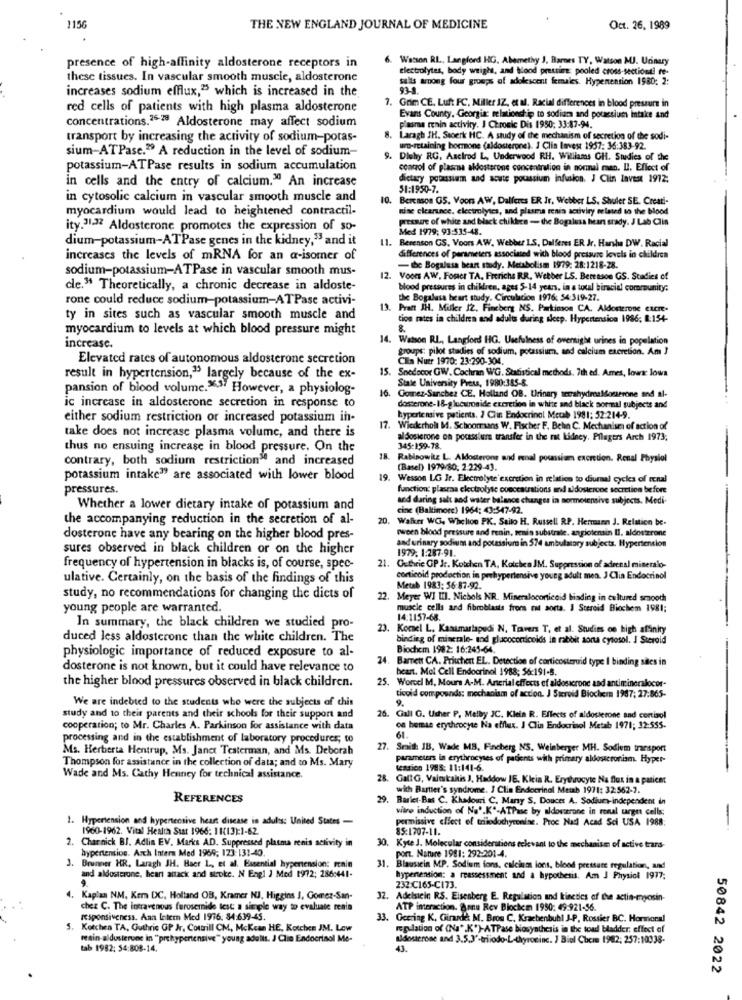
1156
THE NEW ENGLAND JOURNAL OF MEDICINE
Oct. 26. 1989
Watson RL, Langford HG. Abemethy J. Barnes TY, Watson MUJ. Unnury
presence of high-affinity aldosterone receptors in
Electrolytes, body weight, and blood pressing: pooled cross-sectiondi re-
these tissues. In vascular smooth muscle, aldosterone
sails among four groups of adolescent females. Hypertension 1980; 2:
increases sodium efflux,25 which is increased in the
93.1
red cells of patients with high plasma aldosterone
Grim CE, Luft FC, Miller IZ, et al. Racial differences in blood pressure in
concentrations.26-28 Aldosterone may affect sodium
Evans County, Georgiac relationship to sodium and potassium intake and
plasma renin activity. J Chronic Dis 1950: 33:87-94.
transport by increasing the activity of sodium-potas-
8. Laragh JH. Sterk HC. A study of the mechanism of secretion of the sodi-
sium-ATPase." A reduction in the level of sodium-
uro-retaining hormone (aldosterone). J Clin Invest 1957: 36:383-92.
9. Diehy RG. Ascirod L, Underwood RH. Williams GH. Studies of the
potassium-ATPase results in sodium accumulation
control of plasma aldosterone concentration in normal man. L. Effect of
in cells and the entry of calcium." An increase
dietary potassium and acute potassium infusion. J Clin Invest 1912:
$1:1950-7.
in cytosolic calcium in vascular smooth muscle and
10.
Berenson GS. Voors AW, Dalferes ER Ir. Webber LS. Shuler SE. Creati-
myocardium would lead to heightened contractil-
mise clearance, electrolytes, and pluma renia activiry related to the blood
pretage of white and black chikdes - the Bogalusa bean stady. J Lab Clin
ity.31.32 Aldosterone promotes the expression of so-
Med 1979; 93:535-48.
dium-potassium-ATPase genes in the kidney," and it
11. Berenson GS. Voors AW, Webber L.S. Dalferes ER Jr. Harsha DW. Racial
increases the levels of mRNA for an a-isomer of
differences of parameters associated with blood pressure levels in children
sodium-potassium-ATPase in vascular smooth mus-
- ibe Bogalusa heart study. Metabolism 1979: 28:1218-28.
12.
Voors AW. Foner TA. Frerichs RR. Webber LS. Bereason GS. Stadies of
cle." Theoretically, a chronic decrease in aldoste-
blood pressures in children, ages 5-14 years, in a total biracial community;
rone could reduce sodium-potassium-ATPase activi-
the Bogalusa heart study. Circulacion 1976: 54:319-27.
13. Prant JH. Muller 12. Finchers NS. Partimon CA. Aldosterone excre.
ty in sites such as vascular smooth muscle and
tion rates in children and adults during sleep. Hypertension 1986; 8:154-
myocardium to levels at which blood pressure might
14.
Watson R.L ., Langford HG. Usefulness of overnight urines in population
increase.
groups: pilot stadies of sodium, potassium, and calcium excretion. Am J
Elevated rates of autonomous aldosterone secretion
Clin Nutr 1970: 23-290-34.
15. Snedecor GW. Cochran WG. Statistical methods, 7th ed. Ames, lowx: lowa
15.
result in hypertension,15 largely because of the ex-
pansion of blood volume."". However, a physiolog-
16.
State University Press, 1980:385-8.
Gomez-Sanchez CE. Holland OB. Urinary terrahydroaldosterone and al-
ic increase in aldosterone secretion in response to
dosterone-18-glucuronide excretion in white and black sormal subjects and
either sodium restriction or increased potassium in-
17.
hypertensive patients. J Clin Endocrinol Metab 1981: 52:214-9.
Wiederholt M. Schoonmans W. Fischer F. Behn C. Mechanism of action of
take does not increase plasma volume, and there is
aldosierone on pocasslum transfer in the rt kidney. Pilagers Arch 1973;
thus no ensuing increase in blood pressure. On the
345-159-78.
contrary, both sodium restrictions and increased
18. Rabinowitz L. Aldosterone and renal potassium excretion. Renal Physiol
(Basel) 1979/80. 2.229-43.
potassium intake" are associated with lower blood
19.
Wesson LG Ir. Electrolyte excretion in relation to diurnal cycles of renal
pressures.
function' plasma electrolyte cueceatrations und aldosterone secretion before
and daring salt and water balance changes in normetensive subjects. Medi-
Whether a lower dietary intake of potassium and
cine (Baltimore) 1964: 43:547-92.
the accompanying reduction in the secretion of al-
20. Walker WC. Whelion PK. Saito H. Russell RP. Hermann J. Relation be-
wween blood pressure and renin, senin substrale. angiotensin II. aldosterone
dosterone have any bearing on the higher blood pres-
sures observed in black children or on the higher
1979. 1:287-91.
and urinary sodium and potassium in 574 ambulatory subjects, Hypertension
frequency of hypertension in blacks is, of course, spec-
21. Guthrie OP Jr. Kotden TA, Kotchen JM. Suppression of adrenal mineralo-
ulative. Certainly, on the basis of the findings of this
corticoid production in perhypertensive young adult men. J Clin Endocrinol
Metab 1983: 56 87-92.
study, no recommendations for changing the diets of
22. Meyer WI III. Nichols NR. Mineraloconicoid biading in cultured smooth
young people are warranted.
muscle cells and fibroblasts froms rat sorta. I Steroid Biochem 1981;
In summary, the black children we studied pro-
14:1157-68.
23.
Kornel L. Kasamarlapedi N, Travers T, et al. Studies on high affinity
duced less aldosterone than the white children. The
binding of minerale- and glucocorticoids in rabbit sorta cytosol. J Steroid
physiologic importance of reduced exposure to al-
Biochem 1982: 16:245-64.
24. Barrett CA. Priuchert EL. Detection of corticosteroid type I binding sales in
dosterone is not known, but it could have relevance to
beart. Moi Cell Endocrinol 1988; 56:191-8.
the higher blood pressures observed in black children.
25. Worcel M. Mours A-M. Arterial effects of aldosicrone and antimineralocor-
We are indebted to the students who were the subjects of this
ticvid compounds: mechanism of action. J Steroid Biochem 1987; 27:865-
9.
study and to their parents and their schools for their support and
26. Ciall G. Usher P, Melby JC, Klein R. Effects of aldosterone and cortisol
cooperation; to Mr. Charles A. Parkinson for assistance with data
on hemse erythrocyte Na efflux. J Clin Endocrinol Metab 1971; 32:555-
processing and in the establishment of laboratory procedures; to
61.
Ms. Herberta Hentrup, Ms. Janet Testerman, and Ms. Deborah
. Sraith IB, Wade MB, Facberg NS. Weinberger MH. Sodium transport
Thompson for assistance in the collection of data; and to Ms. Mary
parameters in erythrocyses of patients with primary aldosteronism. Hyper-
cession 1988: 11:141-6.
Wade and Ms. Cathy Henney for technical assistance.
28. GallG, Vainikakis J, Haddow JE. Klein R. Erythrocyte Na flux in a paticet
with Bartter's syndrome. J Clin Endocrinol Metab 1971: 32:562-2.
REFERENCES
29. Bariet-Bas C. Khadowri C. Many S. Doucet A. Sodium- independent in
vitre induction of No'.K"-ATPase by aldovarone in ronal urget cells;
Hypertension and hypertensive heart disease in adults: United States -
permissive effect of triedochyrenine. Proc Natl Acad Sci USA 1988:
1960-1962. Vital Health Stat 1966: 11(13):1-62.
85:1707-11.
2. Charnick BJ. Adlin EV. Marks AD. Suppressed plasma renis activity in
hypertension. Arch Intern Med 1969; 123:131-40.
30. Kyte J. Molecular considerations relevant to the mechanism of active trars-
1.
port. Nature 1981: 292-201-4.
Brunner HR. Laragh JH. Baer L ., et al. Essential hypertension: renin
31. Blausiein MP. Sodium ions, calcium ions, blood pressure regulation, and
and aldosterone, heart attack and stroke. N Engl J Med 1972; 286:441-
hypertension: a reassessment and a hypothesis. Am J Physick 1977;
232 C165-C173.
4. Kaplan NM, Kem DC, Holland OB, Kramer NJ, Higgins J, Gomez-San-
32.
Adelstein RS. Eisenberg E. Regulation and kinetics of the actin-myosin-
chez C. The intravenous furosemide test a simple way to evaluate renia
ATP interaction. @onu Rev Biochem 1990: 49:921-56.
Responsiveness. Aan Intern Med 1976. 84:639-45.
33.
Ocering K, Giraude M. Bros C. Kraebenbuhl J-P, Rossier BC. Hormonal
5.
Kotchen TA, Guthrie GP Jr, Cotill CM, Mckean HE, Kotchen JM. Low
regulation of (Na" K")-ATPase biosynthesis in the toad bladder, effect of
reain aldusterone in "pre
hypertensive" young adultt. J Clin Endocrinol Me-
aldosterone and 3.5,3'-triiodo-L-thyroxinc. J Biol Chem 1982, 257:10038-
tab 1982: 54:808-14.
43.
50842 2022